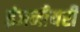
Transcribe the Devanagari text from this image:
इंजनीयरी